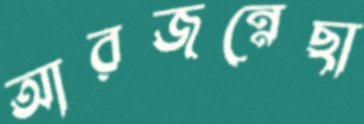
আরজন্নেছা